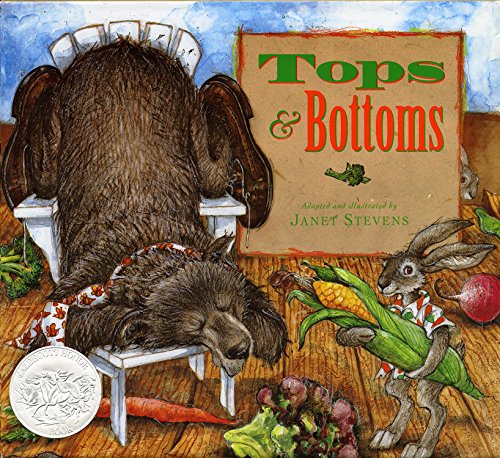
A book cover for Tops & Bottoms (Caldecott Honor Book); Janet Stevens; Children's Books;